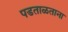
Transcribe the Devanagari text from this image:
पडताळताना